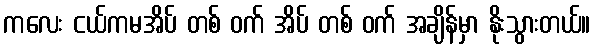
ကလေး ငယ်ကမအိပ် တစ် ဝက် အိပ် တစ် ဝက် အချိန်မှာ နိုးသွားတယ်။